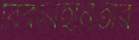
বিকারহীনতার